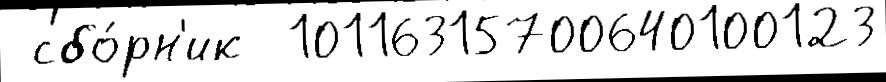
 сбо́рн'ик  10116315700640100123